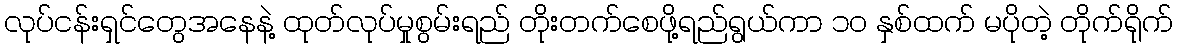
လုပ်ငန်းရှင်တွေအနေနဲ့ ထုတ်လုပ်မှုစွမ်းရည် တိုးတက်စေဖို့ရည်ရွယ်ကာ ၁၀ နှစ်ထက် မပိုတဲ့ တိုက်ရိုက်